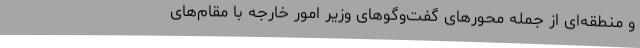
و منطقه‌ای از جمله محورهای گفت‌وگوهای وزیر امور خارجه با مقام‌های